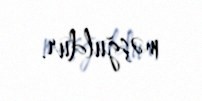
məşğuldur.